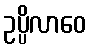
ဥပ္ပိလာဝေ